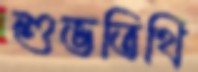
শুভতিথি